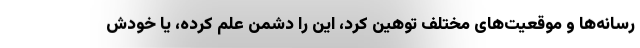
رسانه‌ها و موقعیت‌های مختلف توهین کرد، این را دشمن علم کرده، یا خودش